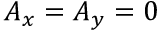
A _ { x } = A _ { y } = 0